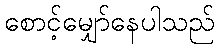
စောင့်မျှော်နေပါသည်